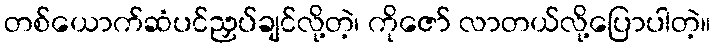
တစ်ယောက်ဆံပင်ညှပ်ချင်လို့တဲ့၊ ကိုဇော် လာတယ်လို့ပြောပါတဲ့။